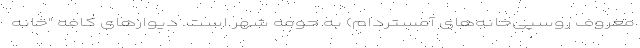
معروف روسپی‌خانه‌های آمستردام) به حومه شهر است. دیوارهای کافه "خانه